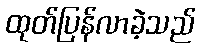
ထုတ်ပြန်လာခဲ့သည်